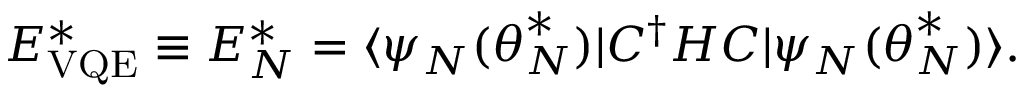
E _ { \mathrm { V Q E } } ^ { * } \equiv E _ { N } ^ { * } = \langle \psi _ { N } ( \boldsymbol { \theta } _ { N } ^ { * } ) | C ^ { \dagger } H C | \psi _ { N } ( \boldsymbol { \theta } _ { N } ^ { * } ) \rangle .